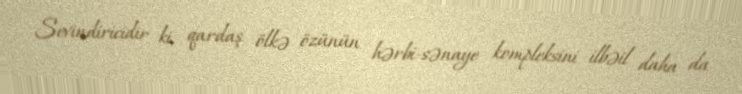
Sevindiricidir ki, qardaş ölkə özünün hərbi-sənaye kompleksini ilbəil daha da